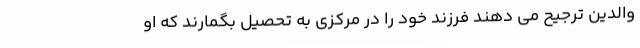
والدین ترجیح می دهند فرزند خود را در مرکزی به تحصیل بگمارند که او